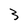
Character: 3